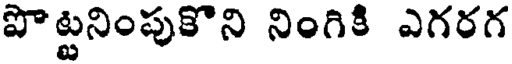
పొట్టనింపుకొని నింగికి ఎగరగ